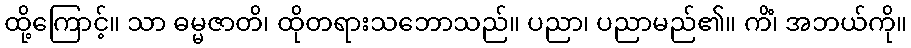
ထို့ကြောင့်။ သာ ဓမ္မဇာတိ၊ ထိုတရားသဘောသည်။ ပညာ၊ ပညာမည်၏။ ကိံ၊ အဘယ်ကို။